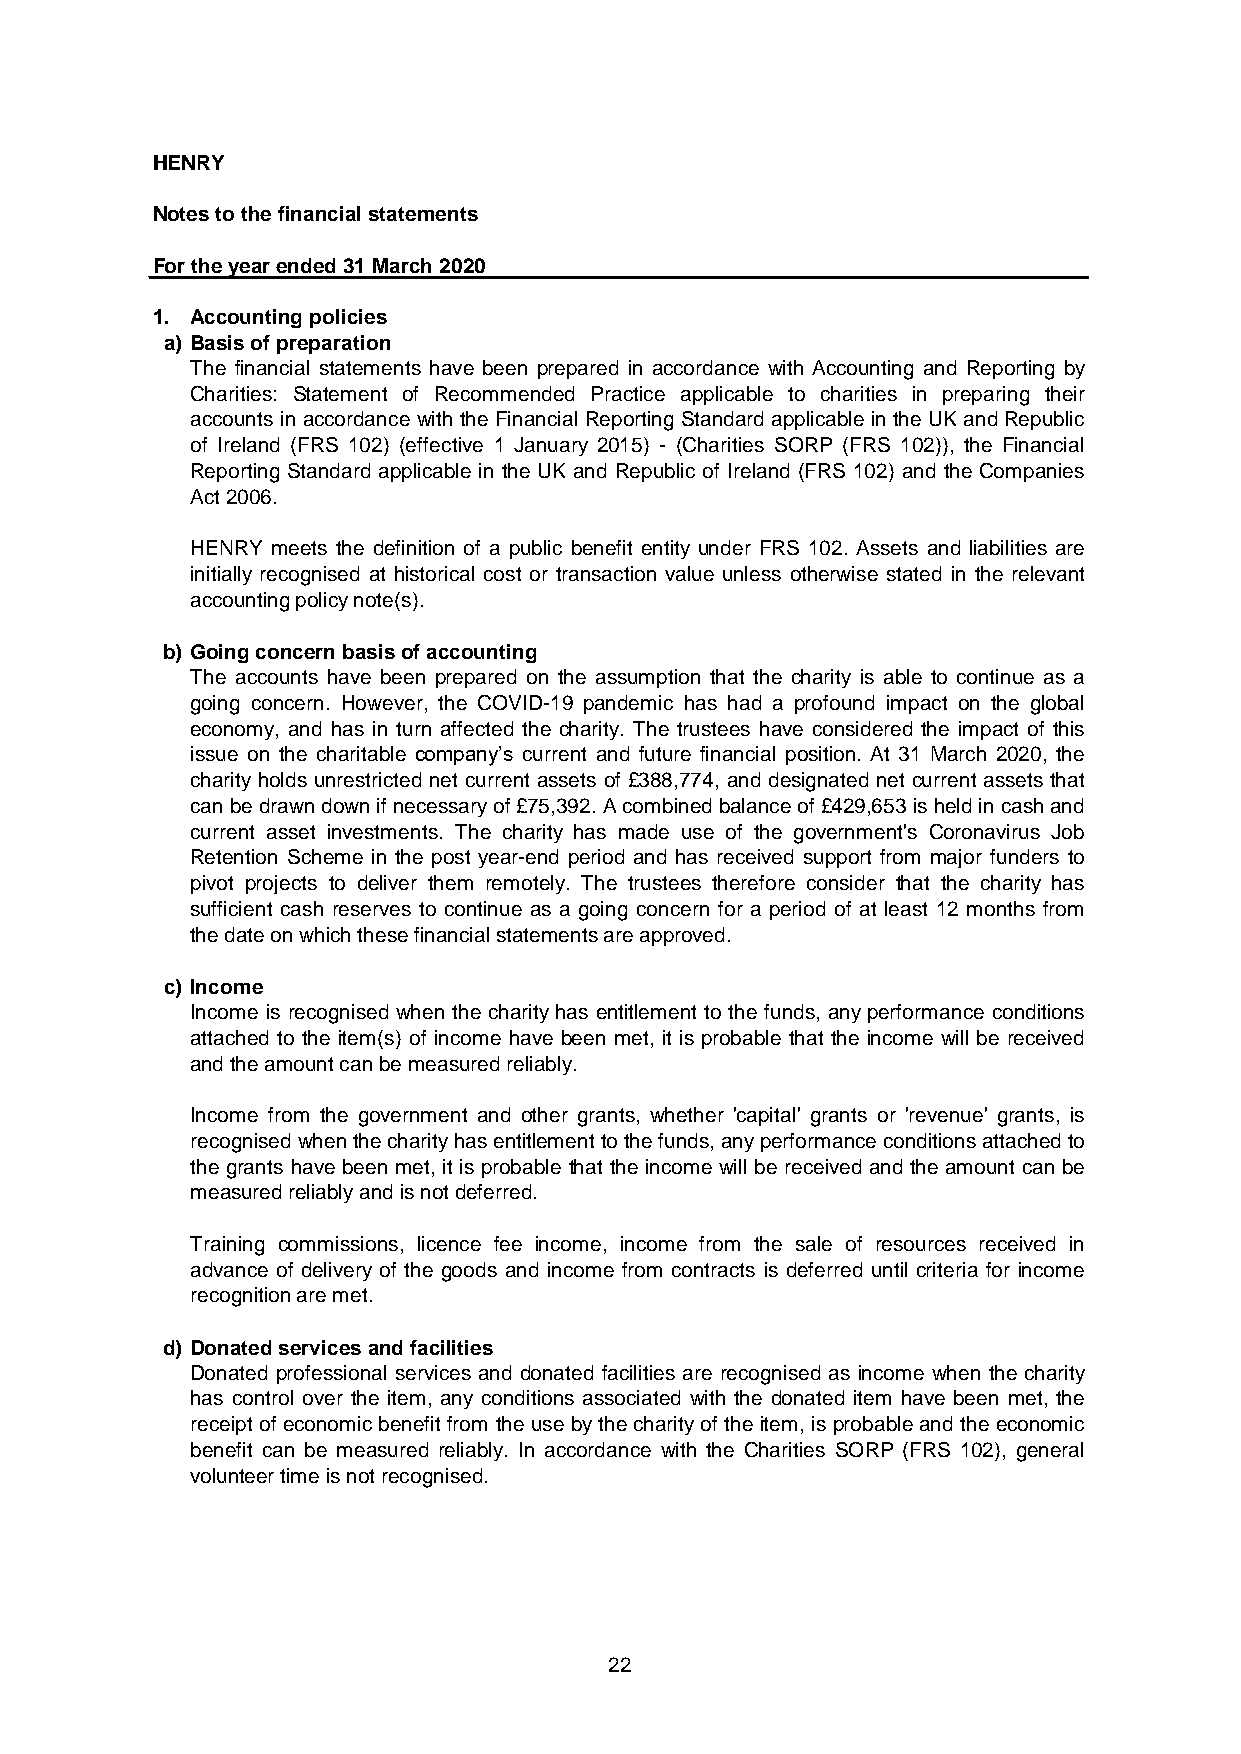
HENRY
 Notes to the financial statements
 For the year ended 31 March 2020
 1. Accounting policies
 a) Basis of preparation
 The financial statements have been prepared in accordance with Accounting and Reporting by
 Charities: Statement of Recommended Practice applicable to charities in preparing their
 accounts in accordance with the Financial ReportingStandard applicablein theUK andRepublic
 of Ireland (FRS 102) (effective 1 January 2015) - (Charities SORP (FRS 102)), the Financial
 Reporting Standard applicable in the UK and Republic of Ireland (FRS 102) and the Companies
 Act 2006.
 HENRY meets the definition of a public benefit entity under FRS 102. Assets and liabilities are
 initially recognised at historical cost or transaction value unless otherwise stated in the relevant
 accounting policy note(s).
 b) Going concern basis of accounting
 The accounts have been prepared on the assumption that the charity is able to continue as a
 going concern. However, the COVID-19 pandemic has had a profound impact on the global
 economy, and has in turn affected the charity. The trustees have considered the impact of this
 issue on the charitable company’s current and future financial position. At 31 March 2020, the
 charityholds unrestricted net current assets of £388,774, and designated net current assets that
 canbedrawndownifnecessaryof£75,392.Acombinedbalanceof£429,653isheldincashand
 current asset investments. The charity has made use of the government's Coronavirus Job
 Retention Scheme in the post year-end period and has received support from major funders to
 pivot projects to deliver them remotely. The trustees therefore consider that the charity has
 sufficient cash reserves to continue as a going concern for a period of at least 12 months from
 the date on which these financial statements are approved.
 c) Income
 Income is recognised when the charity has entitlement to the funds, any performance conditions
 attached to the item(s) of income have been met, it is probable that the income will be received
 and the amount can be measured reliably.
 Income from the government and other grants, whether 'capital' grants or 'revenue' grants, is
 recognisedwhenthecharityhasentitlementtothefunds,anyperformanceconditionsattachedto
 the grants have been met, it is probable that the income will be received and the amount can be
 measured reliably and is not deferred.
 Training commissions, licence fee income, income from the sale of resources received in
 advance of delivery of the goods and income from contracts is deferred until criteria for income
 recognition are met.
 d) Donated services and facilities
 Donated professional services and donated facilities are recognised as income when the charity
 has control over the item, any conditions associated with the donated item have been met, the
 receipt of economic benefit from the usebythecharityof the item,is probable and theeconomic
 benefit can be measured reliably. In accordance with the Charities SORP (FRS 102), general
 volunteer time is not recognised.
 22